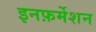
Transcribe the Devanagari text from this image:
इनफ़र्मेशन